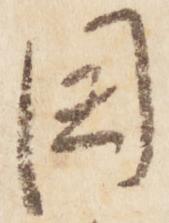
閏